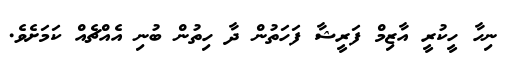
ނިހާ ހީކުރީ އާޒިމް ފަރީޝާ ފަހަތުން ދާ ހިތުން ބުނި އެއްޗެއް ކަމަށެވެ.